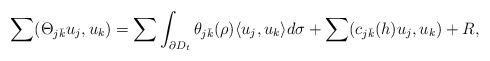
LaTeX: \begin{align*} \sum(\Theta_{j\bar k} u_j, u_k)= \sum\int_{\partial D_t} \theta_{j\bar k}(\rho) \langle u_j,u_k\rangle d \sigma + \sum(c_{j\bar k}(h) u_j, u_k) + R,\end{align*}